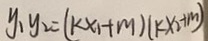
y _ { 1 } y _ { 2 } = ( k x _ { 1 } + m ) ( k x _ { 2 } + m )